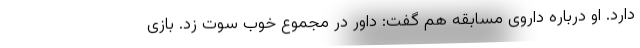
دارد. او درباره داروی مسابقه هم گفت: داور در مجموع خوب سوت زد. بازی